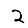
Digit: 2